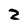
Character: 2